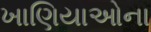
ખાણિયાઓના